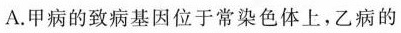
A.甲病的致病基因位于常染色体上，乙病的